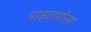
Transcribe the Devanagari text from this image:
पाइठागोरस